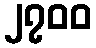
၂၇၀၀